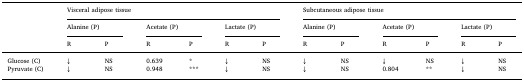
| <ROWSPAN=3>  | <COLSPAN=6> Visceral adipose tissue | <COLSPAN=6> Subcutaneous adipose tissue |
 | <COLSPAN=2> Alanine (P) | <COLSPAN=2> Acetate (P) | <COLSPAN=2> Lactate (P) | <COLSPAN=2> Alanine (P) | <COLSPAN=2> Acetate (P) | <COLSPAN=2> Lactate (P) |
 | R | P | R | P | R | P | R | P | R | P | R | P |
 | --- | --- | --- | --- | --- | --- | --- | --- | --- | --- | --- | --- | --- |
 | Glucose (C) | ↓ | NS | 0.639 | * | ↓ | NS | ↓ | NS | ↓ | NS | ↓ | NS |
 | Pyruvate (C) | ↓ | NS | 0.948 | *** | ↓ | NS | ↓ | NS | 0.804 | ** | ↓ | NS |